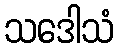
သဒေါသံ